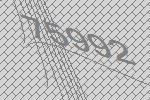
75992